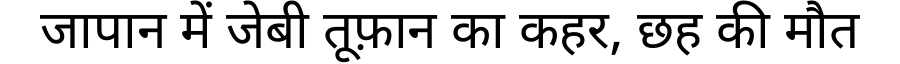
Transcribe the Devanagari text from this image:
जापान में जेबी तूफ़ान का कहर, छह की मौत